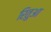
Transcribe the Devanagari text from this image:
रितुआ